65_HS1-834228961_62-HQ-83894_Section_4
Agency: FBI
Page 190
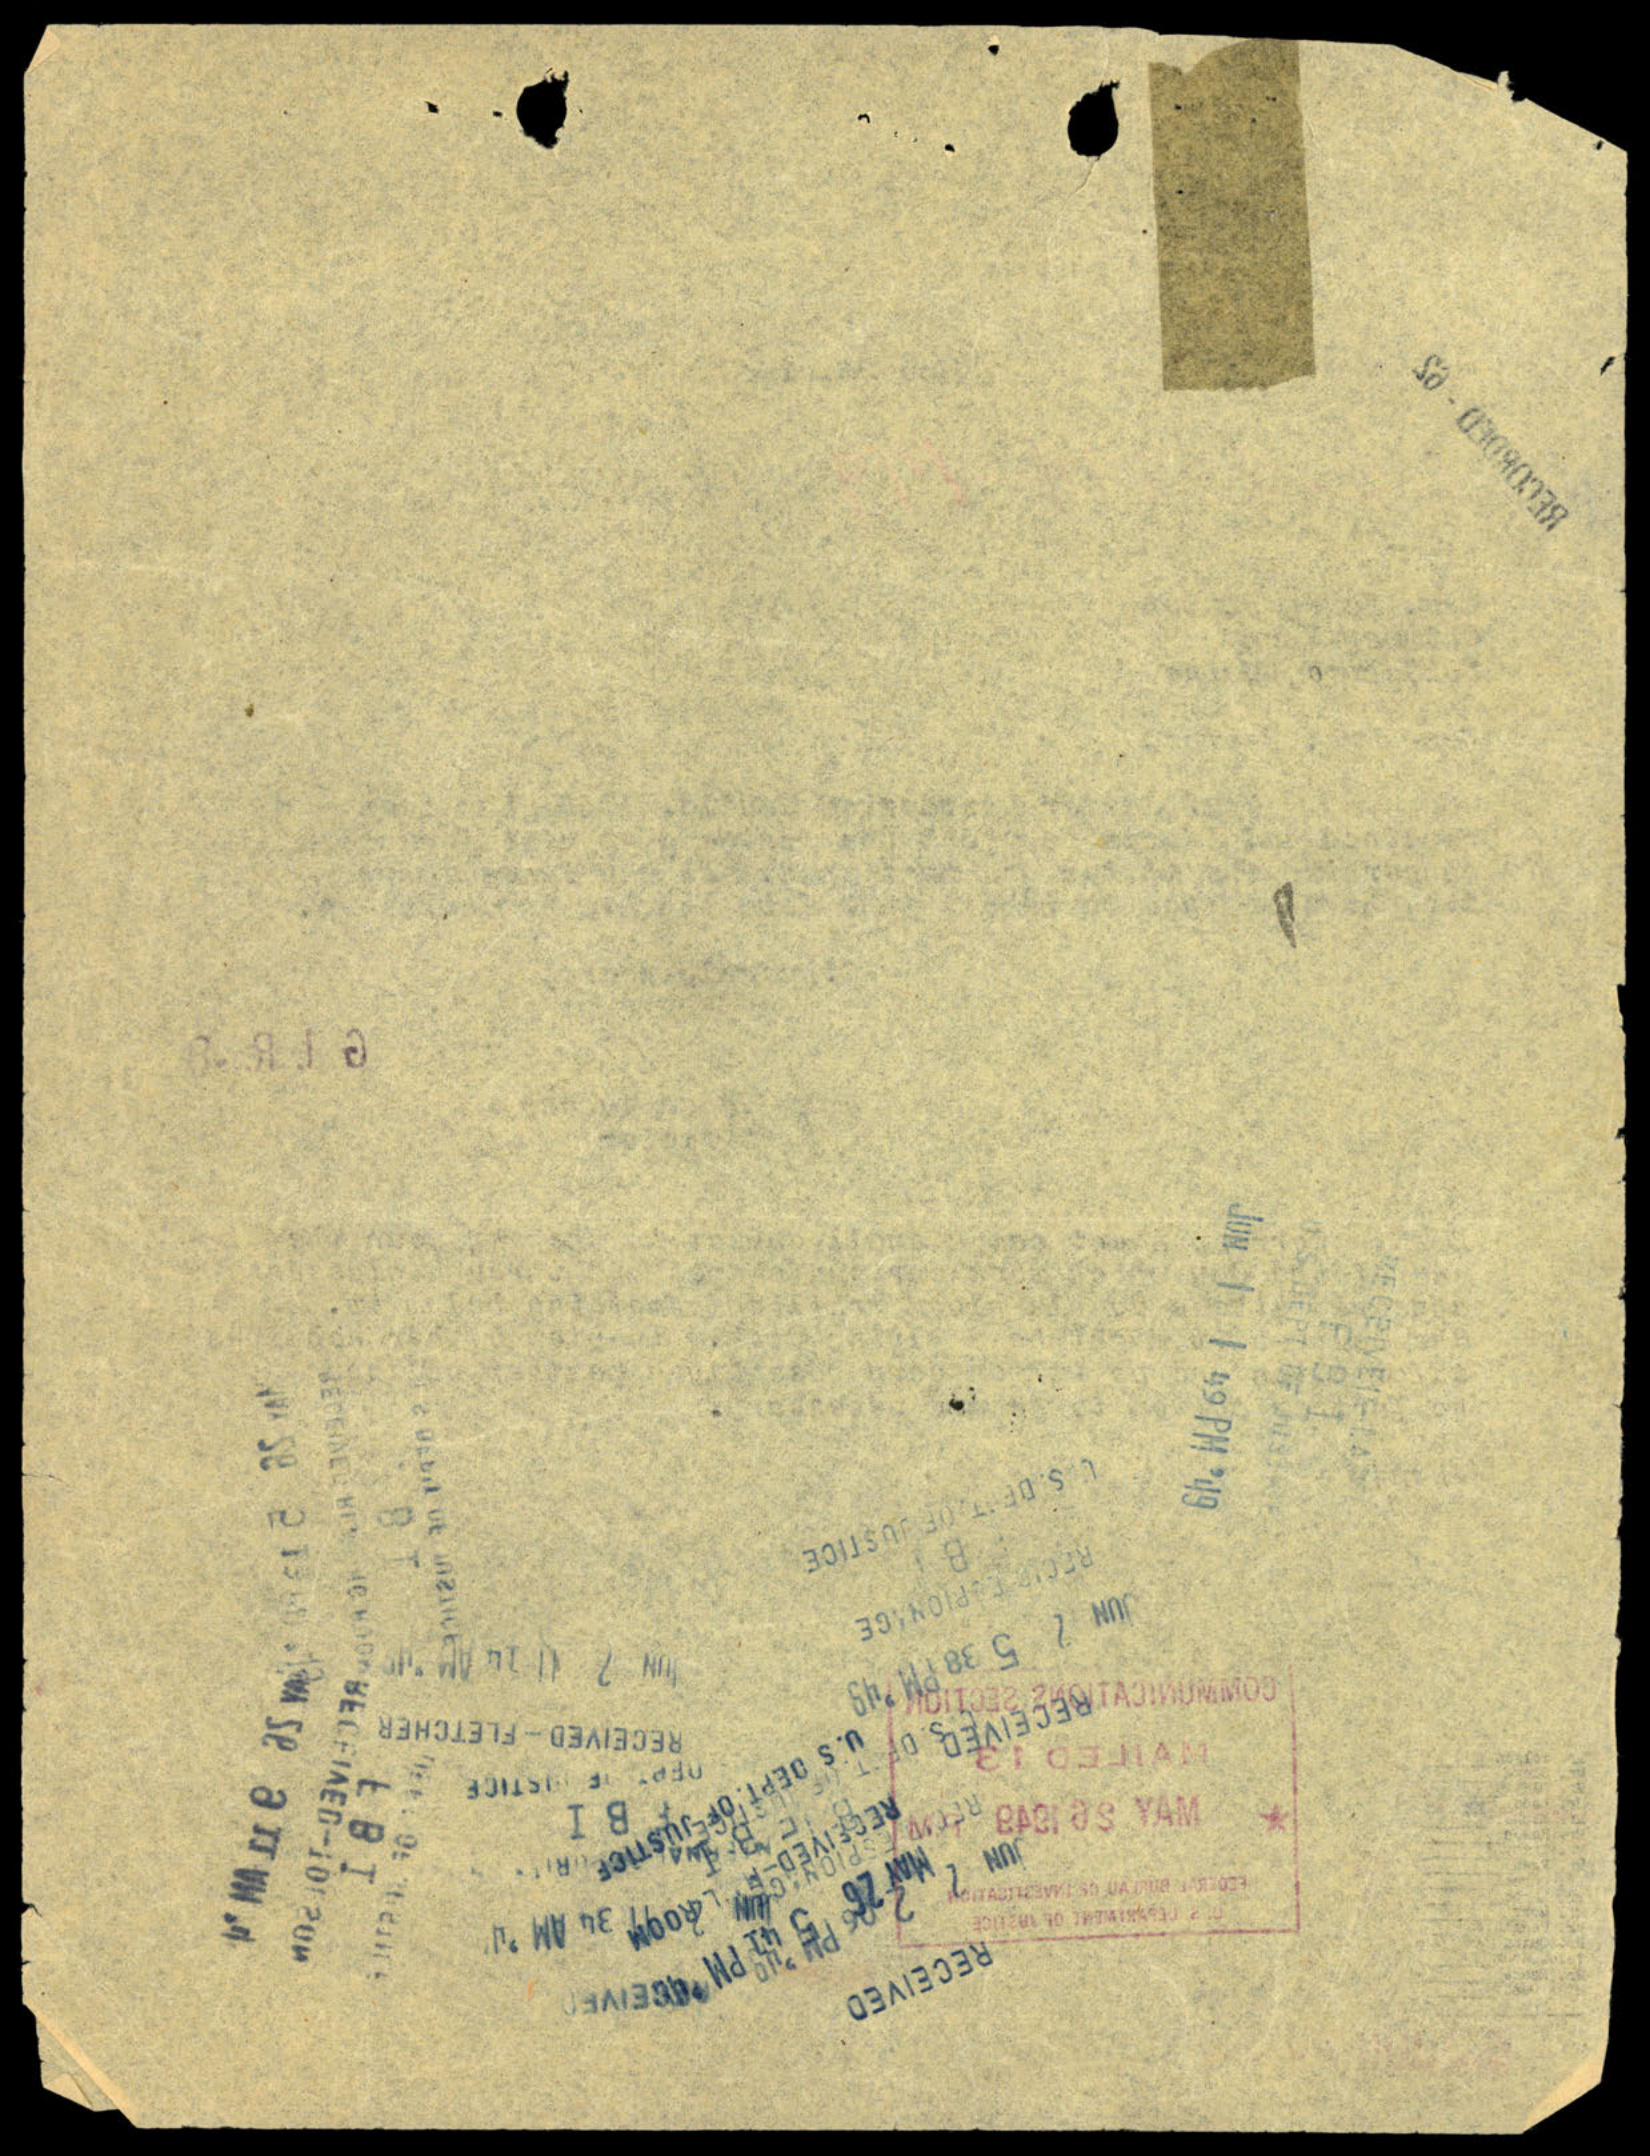